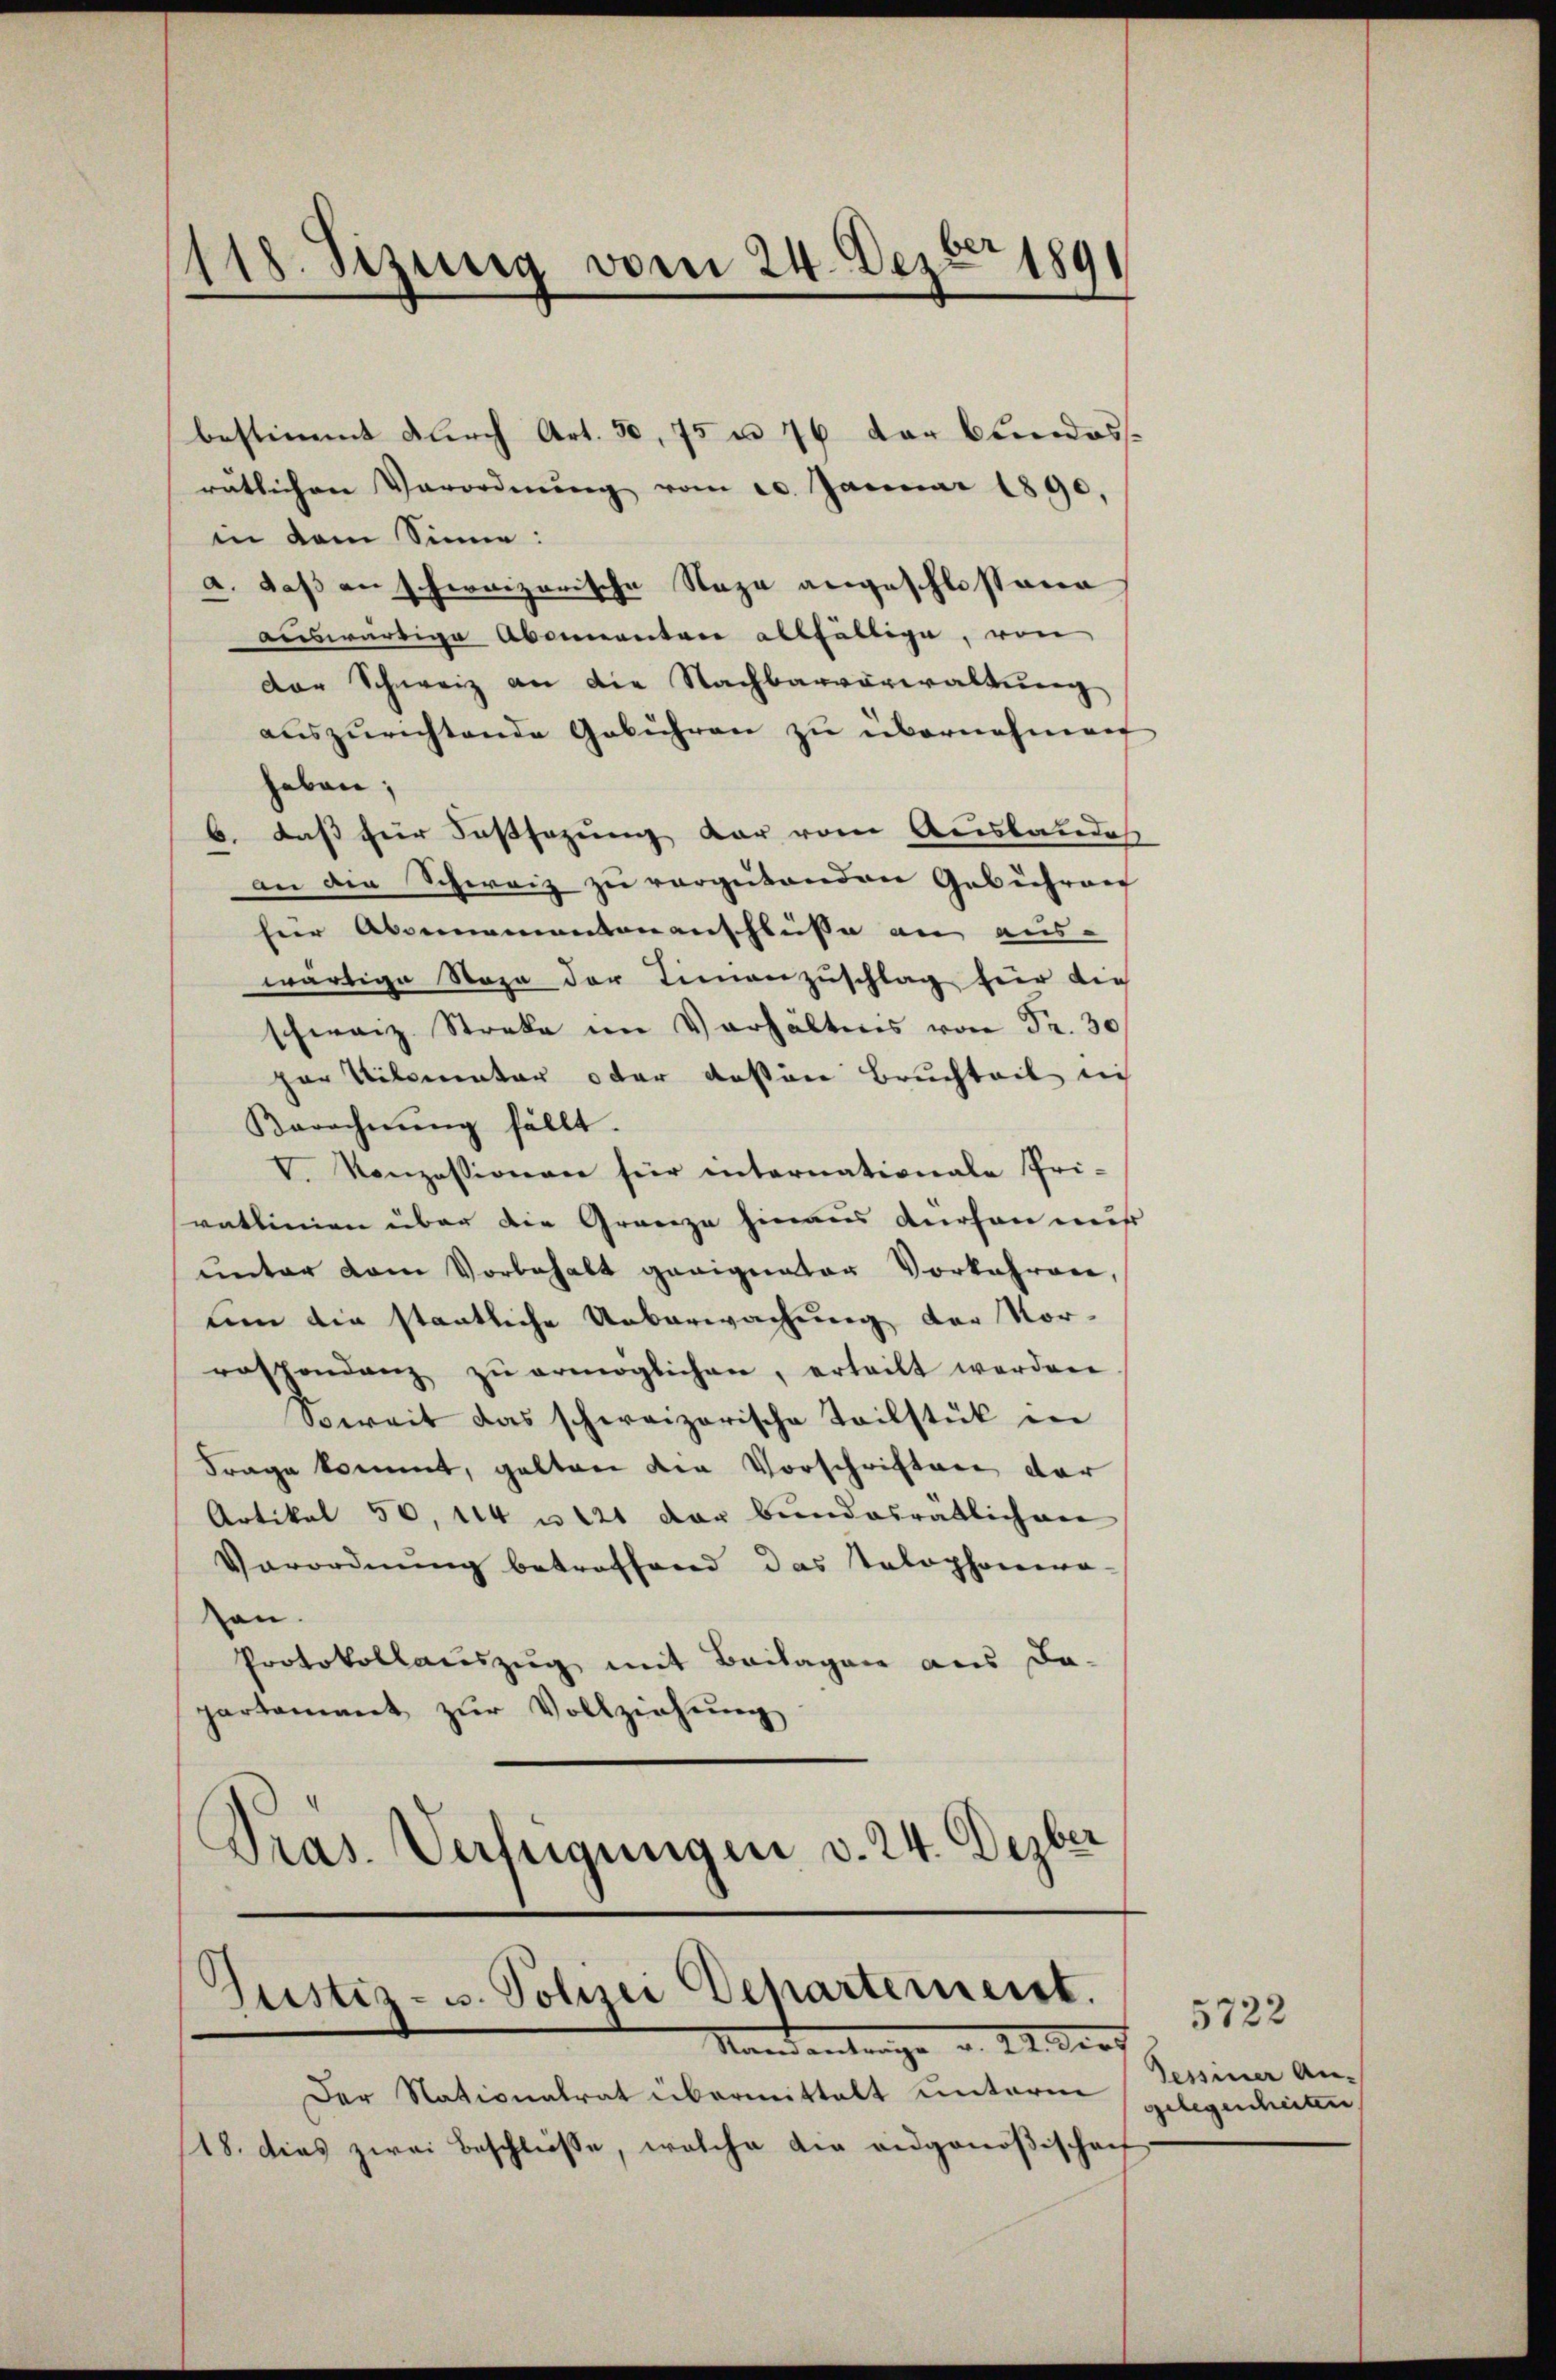
118. Jezing vom 24. Dezbr 1891

bestimmt durch Art. 50,75 u. 76 der Bundes
ratlichen Verordnŭng vom 20. Januar 1890,
in dem Sinne:
a. daß an schweizerische Sage angeschlossene
auswärtige Abonnenten allfällige, von
der Schweiz an die Nachbarverwaltung
auszurichtende Gebühren zŭ übernehmen
haben;
daß für Fusssazung dar vom Ausbaudes
6
an der Schweiz zu vergutenden Gebühren
für Abonnementenanschlüsse an aus-
wärtige Stoza der Finanzŭschlag für die
schweiz Streke im Verhältens von Fr. 30
ger Kilomater oder deßen Bruchteil ic
Berechnŭng fällt.
V. Konzessionen für internationale Pri-
ratlinien über die Grenze hinaus derson miß
unter dem Vorbehalt geeignator Vorkehrere,
um die staatliche Ueberwachung der Vor-
rossendenz zŭ ermöglichen, erteilt werden
Soweit das schweizerische Teilstück in
Frage kommt, gelten der Vorschriften der
Artikel 50, 114 u. 121 der bundesrätlichen
Verordnŭng betroffend das Tolophonia-
sen.
Protokollauszug mit Beilagen aus da-
partament zŭr Vollziehung
Pras. Verfügungen v. 24. Dezber

Justiz- u. Polizei Departemeist.
Stand antrage v. M. Kart

Der Nationalrat übermittelt unterm
18. dies zwei Beschließe, welche die eidgenößischen

5722
Sessiner An-
gelegenheiten